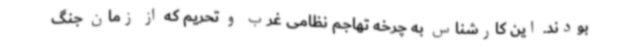
بودند. این کارشناس به چرخه تهاجم نظامی غرب و تحریم که از زمان جنگ